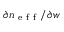
\partial n _ { \mathrm { ~ e ~ f ~ f ~ } } / \partial w